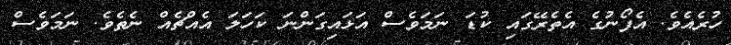
ހުރެއެވެ. އެފޯނުގެ އެތެރޭގައި ކުޑަ ނަމަވެސް އަޅައިގަންނަ ކަހަލަ އެއްޗެއް ނެތެވެ. ނަމަވެސް